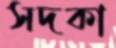
সদকা